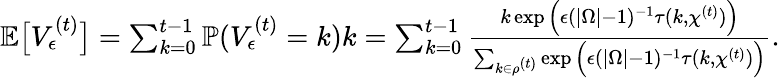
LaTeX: \begin{array}{r}{\mathbb{E}\big[V_{\epsilon}^{(t)}\big]=\sum_{k=0}^{t-1}\mathbb{P}(V_{\epsilon}^{(t)}=k)k=\sum_{k=0}^{t-1}\frac{k\exp\Big(\epsilon(|\Omega|-1)^{-1}\tau(k,\chi^{(t)})\Big)}{\sum_{k\in\rho^{(t)}}\exp\Big(\epsilon(|\Omega|-1)^{-1}\tau(k,\chi^{(t)})\Big)}.}\end{array}